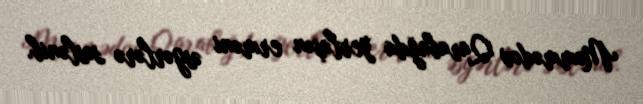
Məmmədov Qarabağda yerləşən erməni əsgərlərə səslənib.